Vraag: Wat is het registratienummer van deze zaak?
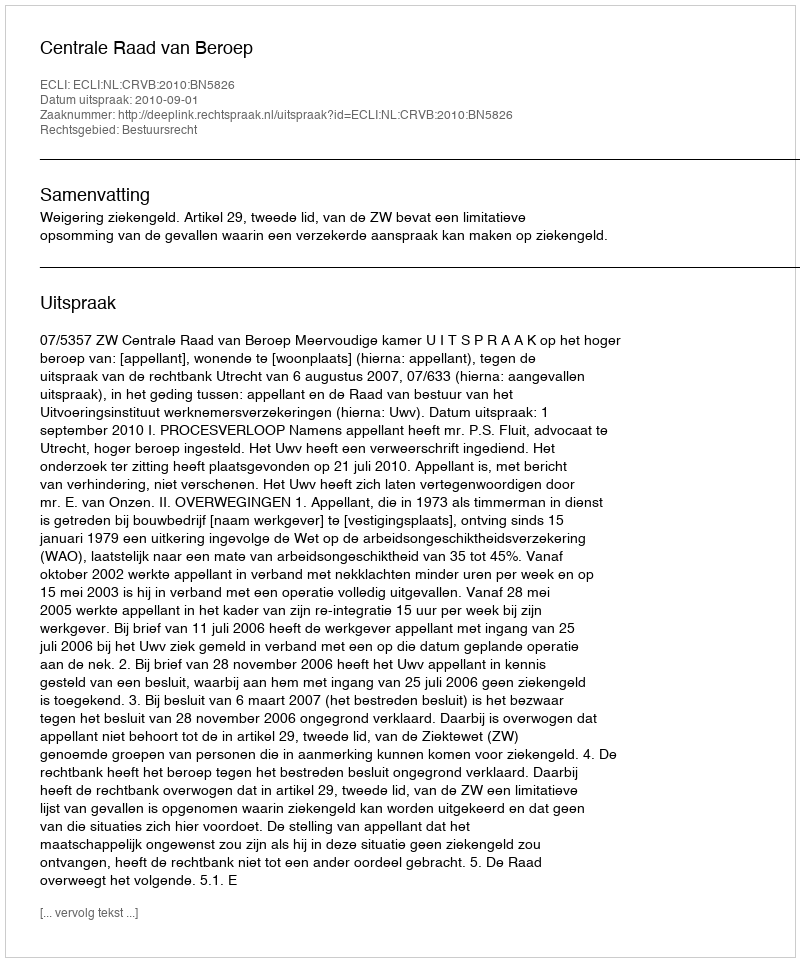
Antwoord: http://deeplink.rechtspraak.nl/uitspraak?id=ECLI:NL:CRVB:2010:BN5826